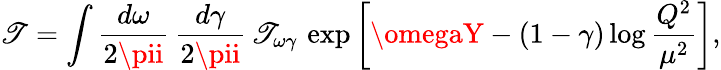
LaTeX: \mathscr{T}=\int\frac{{d\omega}}{{2\pii}}\, \frac{{d\gamma}}{{2\pii}}\, \mathscr{T}_{\omega\gamma}\, \exp\left[\omegaY-(1-\gamma)\log\frac{{Q^{2}}}{{\mu^{2}}}\right],